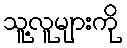
သူ့လူများကို